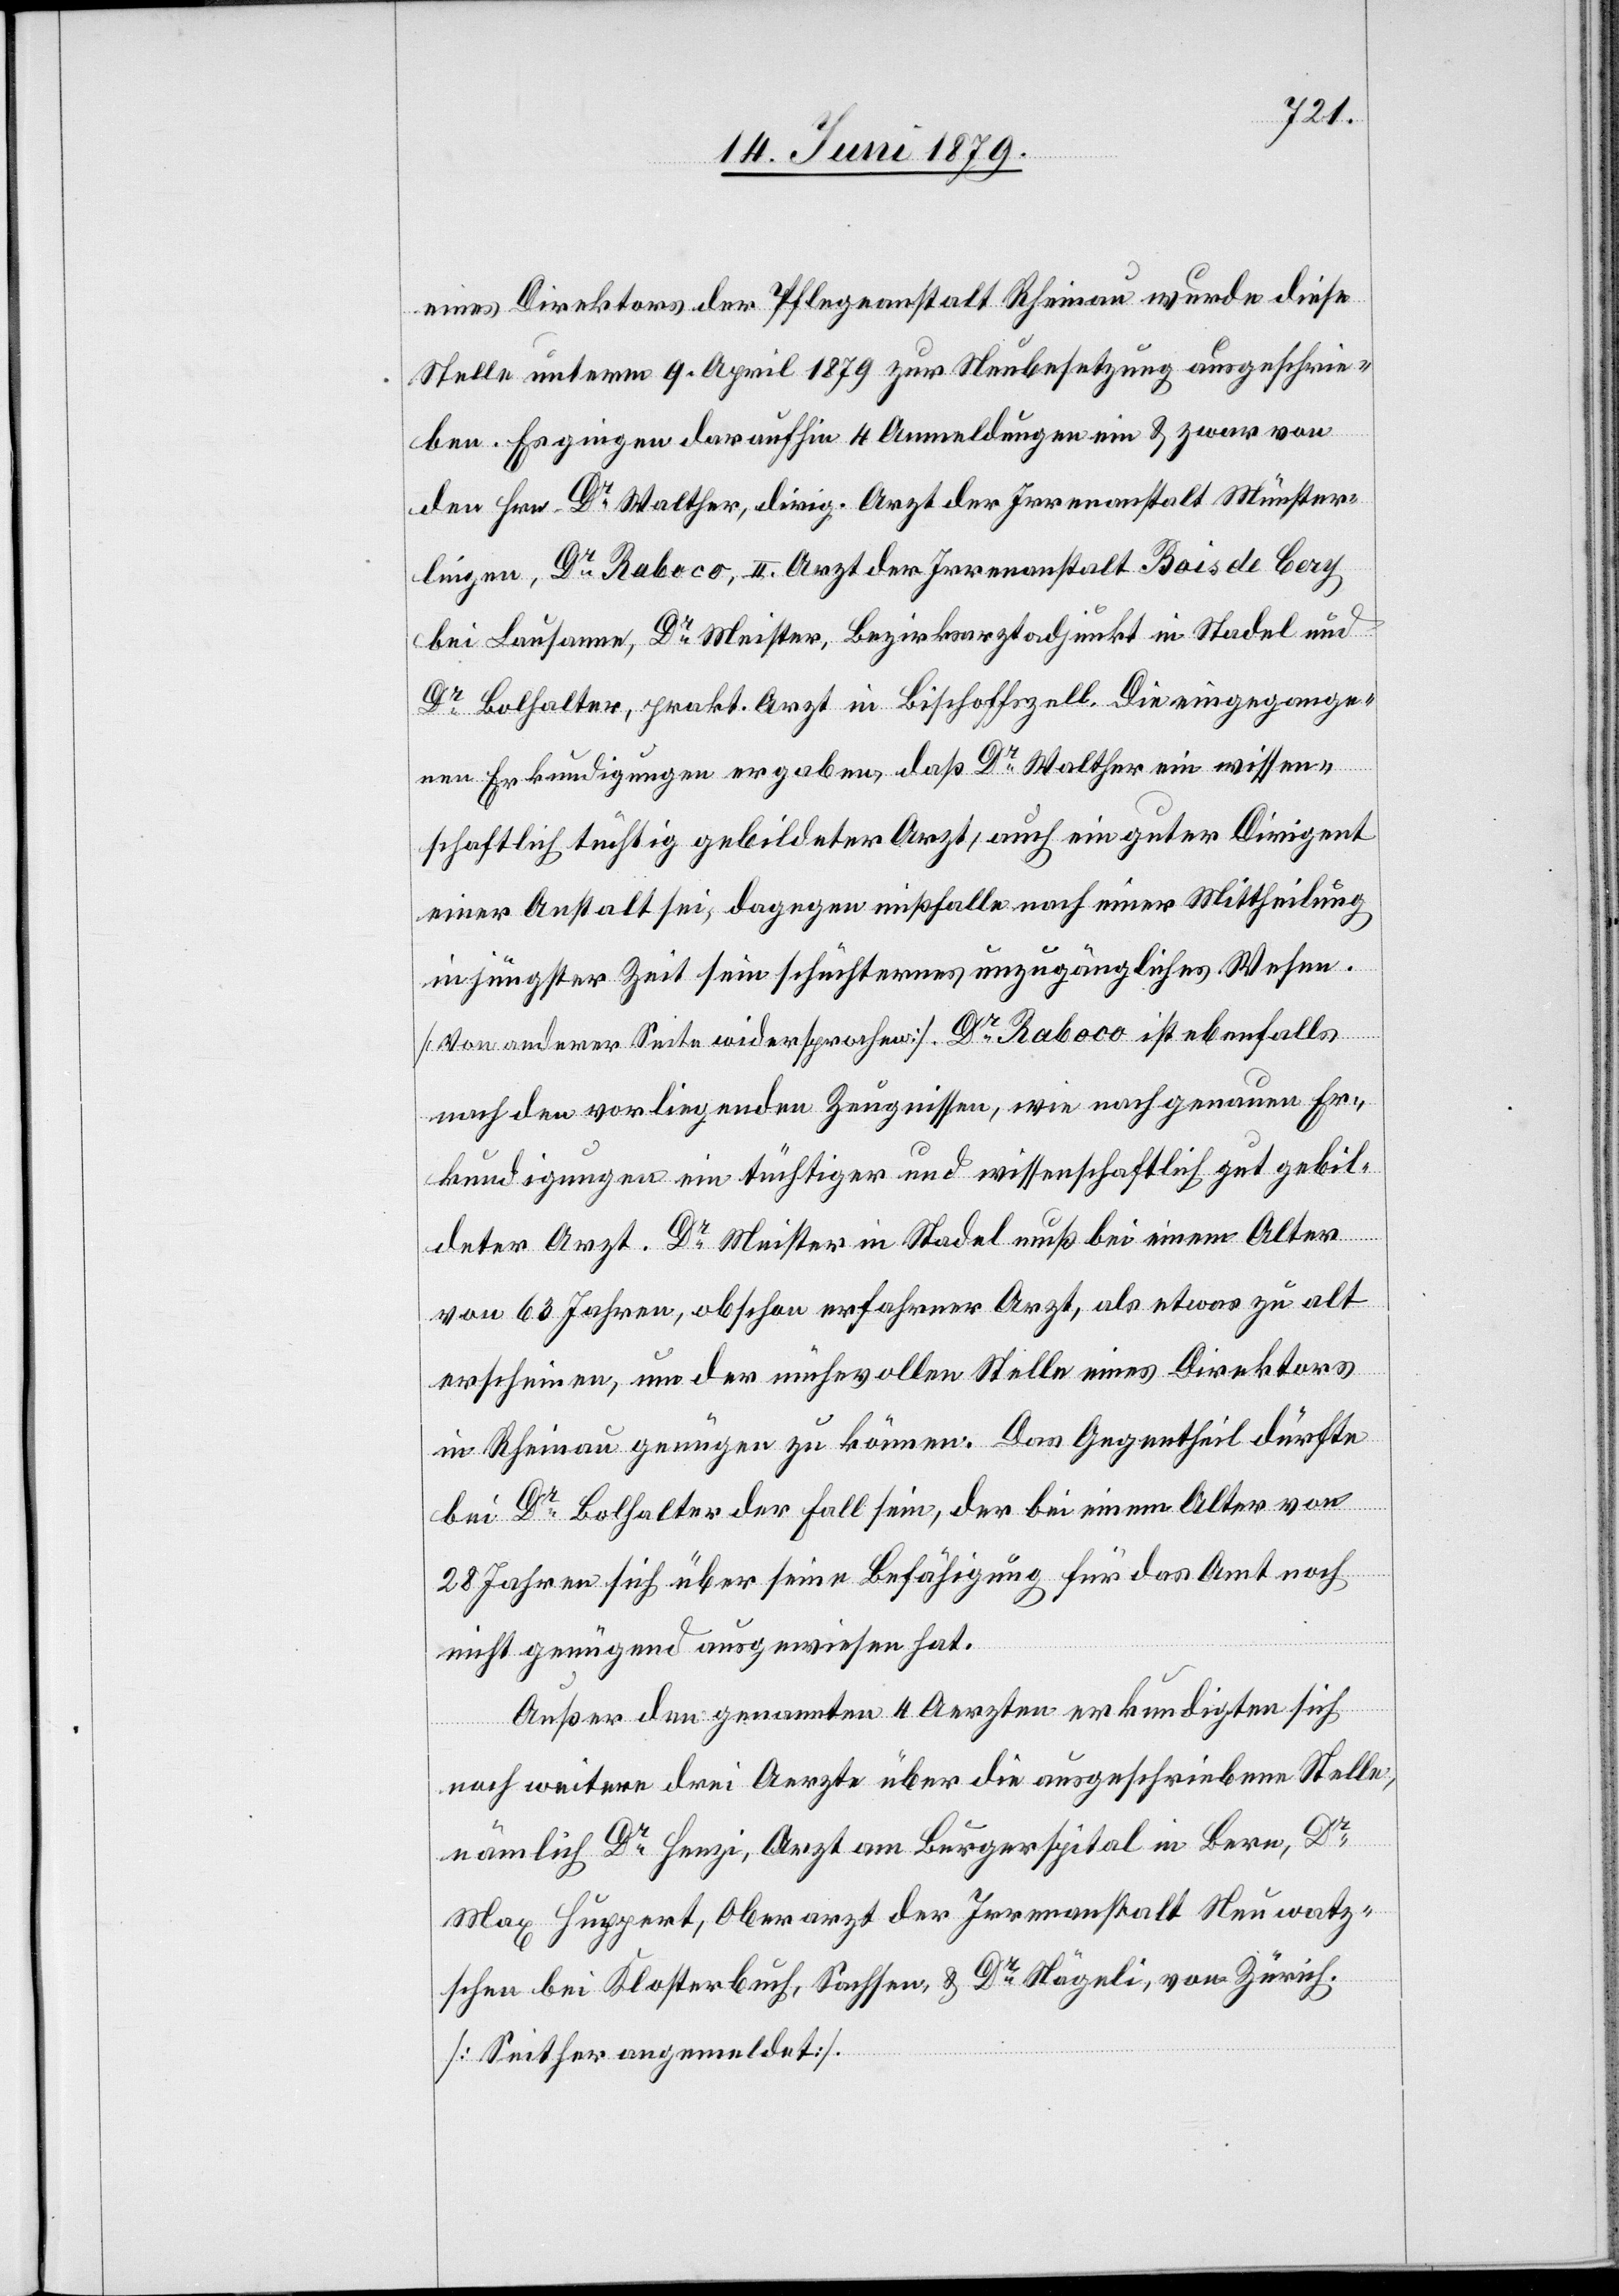
eines Direktors der Pflegeanstalt Rheinau wurde diese
Stelle unterm 9. April 1879 zur Neubesetzung ausgeschrie¬
ben. Es gingen daraufhin 4 Anmeldungen ein & zwar von
den Hrn. Dr Walther, dirig. Arzt der Irrenanstalt Münster¬
lingen, Dr Raboco, II. Arzt der Irrenanstalt Bois de Cery
bei Lausanne, Dr Meister, Bezirksarztadjunkt in Stadel und
Dr Bolhalter, prakt. Arzt in Bischoffszell. Die eingegange¬
nen Erkundigungen ergaben, daß Dr Walther ein wissen¬
schaftlich tüchtig gebildeter Arzt, auch ein guter Dirigent
einer Anstalt sei, dagegen mißfalle nach einer Mittheilung
in jüngster Zeit sein schüchternes unzugängliches Wesen.
[Von anderer Seite widersprochen]. Dr Raboco ist ebenfalls
nach den vorliegenden Zeugnissen, wie nach genauen Er¬
kundigungen ein tüchtiger und wissenschaftlich gut gebil¬
deter Arzt. Dr Meister in Stadel muß bei einem Alter
von 63 Jahren, obschon erfahrner Arzt, als etwas zu alt
erscheinen, um der mühevollen Stelle eines Direktors
in Rheinau genügen zu können. Das Gegentheil dürfte
bei Dr Bolhalter der Fall sein, der bei einem Alter von
28 Jahren sich über seine Befähigung für das Amt noch
nicht genügend ausgewiesen hat.
Außer den genannten 4 Aerzten erkundigten sich
noch weitere drei Aerzte über die ausgeschriebene Stelle,
nämlich Dr Henzi, Arzt am Burgerspital in Bern, Dr
Max Huppert, Oberarzt der Irrenanstalt Neuwatz¬
schen bei Klosterbuch, Sachsen, & Dr Nägeli, von Zürich.
[Seither angemeldet].